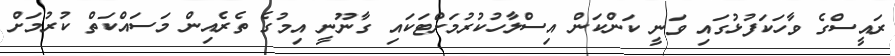
ރައީސްގެ ވާހަކަފުޅުގައި ވަނީ ކަންކަން އިސްލާހުކުރުމަށްޓަކައި ގާނޫނީ އިމުގެ ތެރެއިން މަސައްކަތް ކުރުމަށް